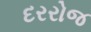
દરરોજ